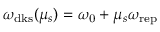
\omega _ { \mathrm { d k s } } ( \mu _ { s } ) = \omega _ { \mathrm { 0 } } + \mu _ { s } \omega _ { \mathrm { r e p } }